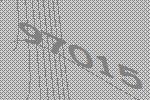
97015